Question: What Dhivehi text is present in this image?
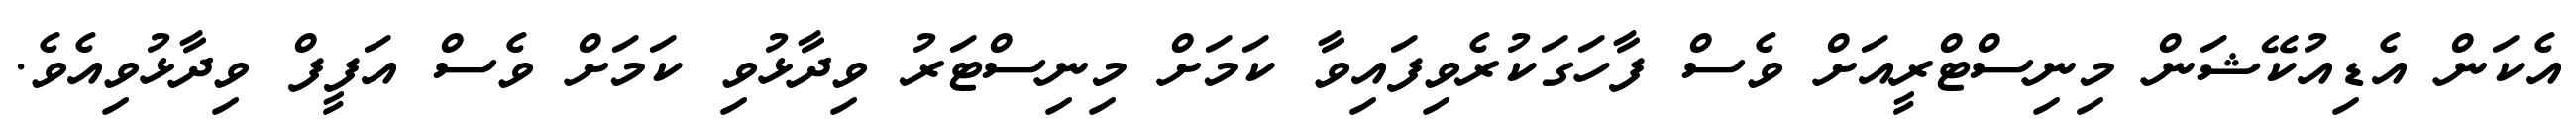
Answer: އެކަން އެޑިއުކޭޝަން މިނިސްޓްރީއަށް ވެސް ފާހަގަކުރެވިފައިވާ ކަމަށް މިނިސްޓަރު ވިދާޅުވި ކަމަށް ވެސް އަފީފް ވިދާޅުވިއެވެ.